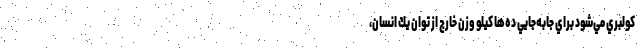
كولبري مي‌شود براي جابه‌جايي ده‌ها كيلو وزن خارج از توان يك انسان،